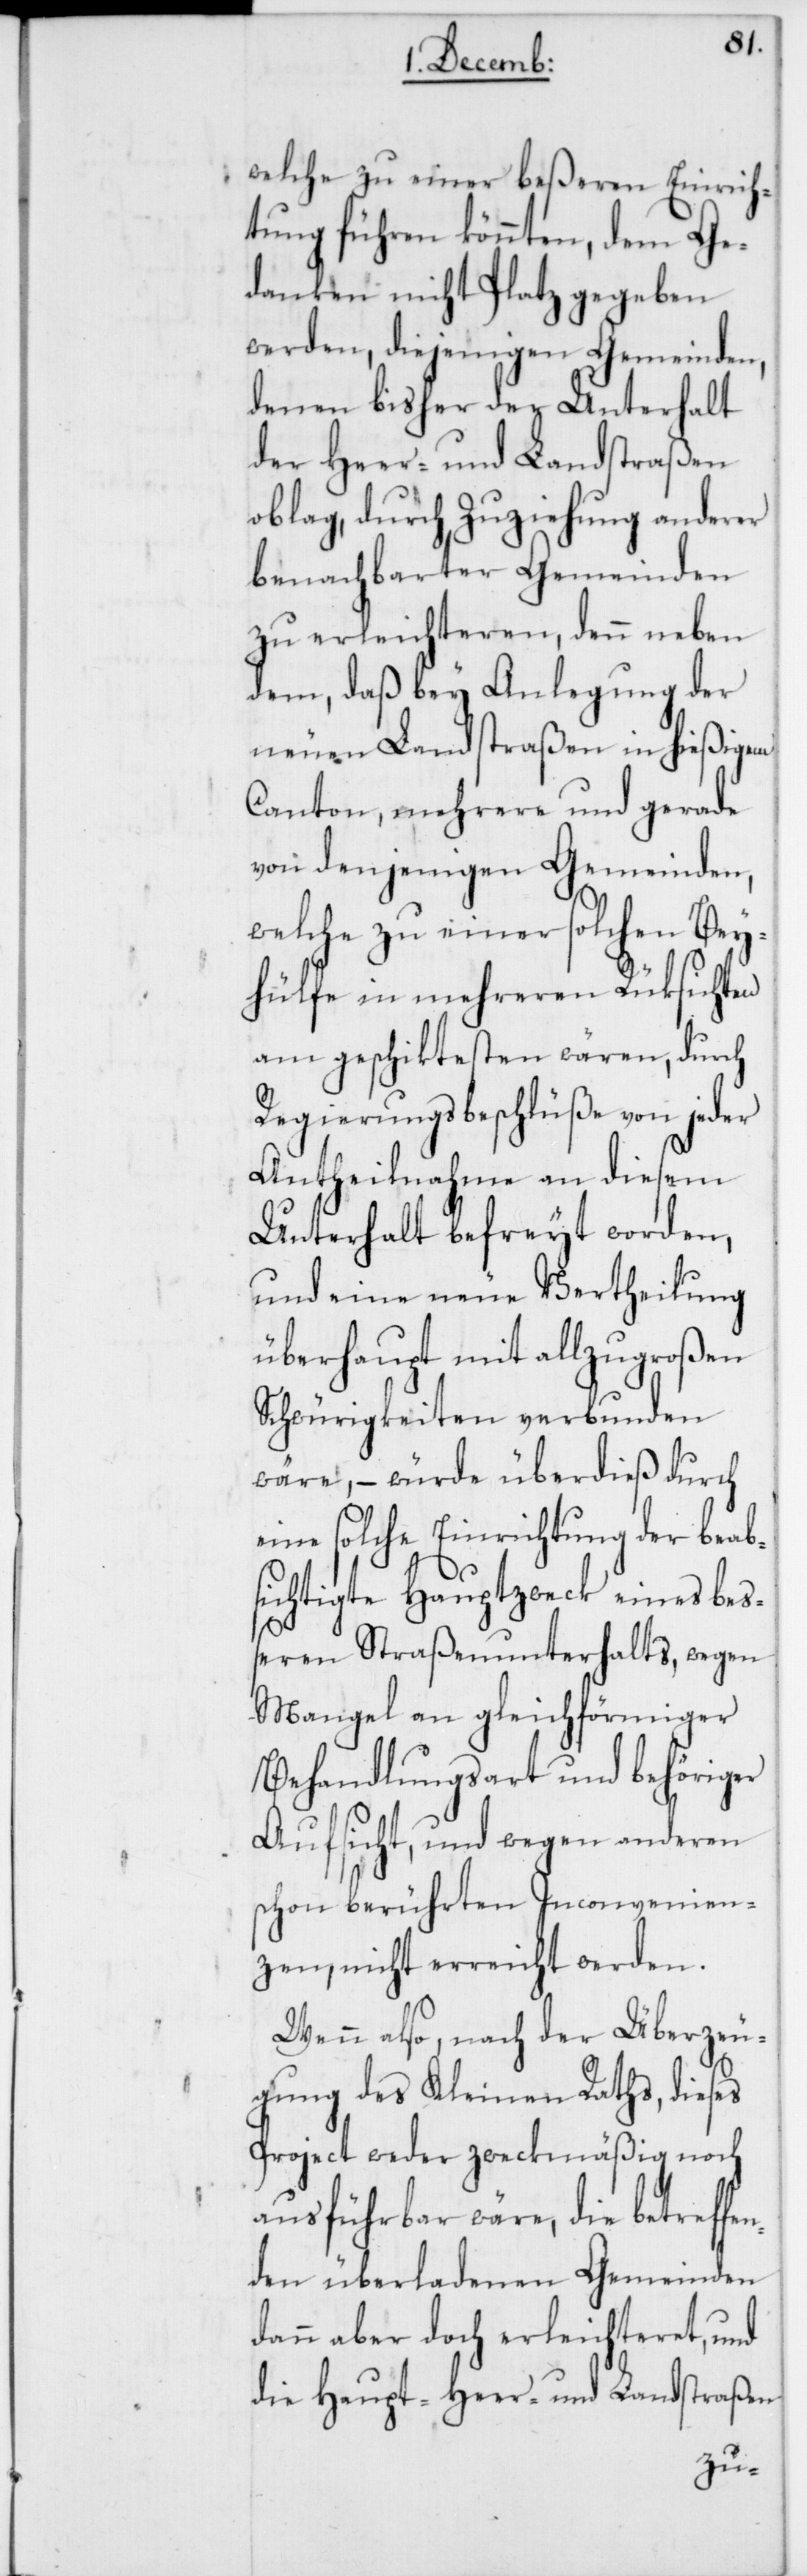
welche zu einer beßeren Einrich¬
tung führen könnten, dem Ge¬
danken nicht Platz gegeben
werden, diejenigen Gemeinden,
denen bisher der Unterhalt
der Heer- und Landstraßen
oblag, durch Zuziehung anderer
benachbarter Gemeinden
zu erleichteren, denn neben
dem, daß bey Anlegung der
neuen Landstraßen in hießigem
Canton, mehrere und gerade
von denjenigen Gemeinden,
welche zu einer solchen Bey¬
hülfe in mehreren Rüksichten
am geschicktesten wären, durch
Regierungsbeschlüße von jeder
Antheilnahme an diesem
Unterhalt befreyt worden,
und eine neue Vertheilung
überhaupt mit allzugroßen
Schwürigkeiten verbunden
wäre, – würde überdies durch
eine solche Einrichtung der beab¬
sichtigte Hauptzweck eines beß¬
eren Straßenunterhalts, wegen
Mangel an gleichförmiger
Behandlungsart und behöriger
Aufsicht, und wegen anderen
schon berührten Inconvenien¬
zen, nicht erreicht werden.
Wenn also, nach der Überzeu¬
gung des Kleinen Raths, dieses
Project weder zweckmäßig noch
ausführbar wäre, die betreffe¬
nden überladenen Gemeinden
dann aber doch erleichteret und
die Haupt-[,] Heer- und Landstraßen